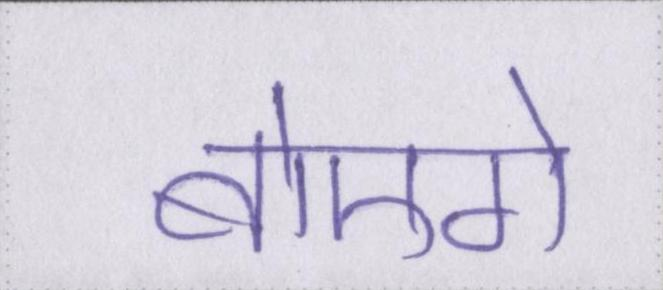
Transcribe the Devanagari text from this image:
बोएगे